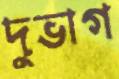
দুভাগ